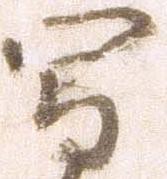
写